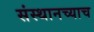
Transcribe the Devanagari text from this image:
संस्थानच्याच